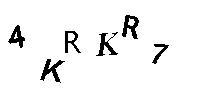
4KRKR7